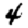
Digit: 4